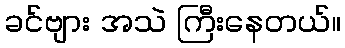
ခင်ဗျား အသဲ ကြီးနေတယ်။